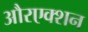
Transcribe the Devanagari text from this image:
औरएक्शन